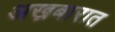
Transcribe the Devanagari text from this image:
अख़बारात